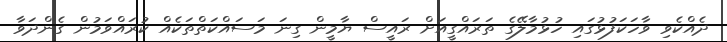
ދެއްކެވި ވާހަކަފުޅުގައި ހުޅުމާލޭގެ ތަރައްގީއަށް ރައީސް ޔާމީން ގިނަ މަސައްކަތްތަކެއް ކުރައްވަމުން ގެންދަވާ